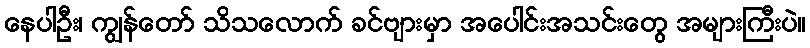
နေပါဦး၊ ကျွန်တော် သိသလောက် ခင်ဗျားမှာ အပေါင်းအသင်းတွေ အများကြီးပဲ။